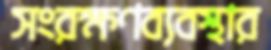
সংরক্ষণব্যবস্থার